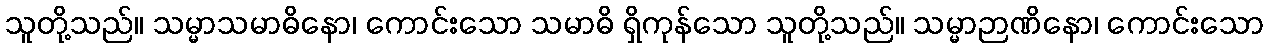
သူတို့သည်။ သမ္မာသမာဓိနော၊ ကောင်းသော သမာဓိ ရှိကုန်သော သူတို့သည်။ သမ္မာဉာဏိနော၊ ကောင်းသော